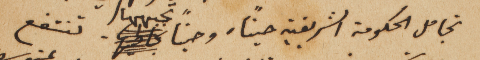
تجامل الحكومة الشريفية حيناً. وحيناً تجبهها. تنتفع